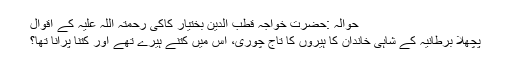
حوالہ :حضرت خواجہ قطب الدین بختیار کاکی رحمتہ اللہ علیہ کے اقوال
پچھلا برطانیہ کے شاہی خاندان کا ہیروں کا تاج چوری، اس میں کتنے ہیرے تھے اور کتنا پرانا تھا؟